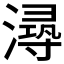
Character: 𰝐